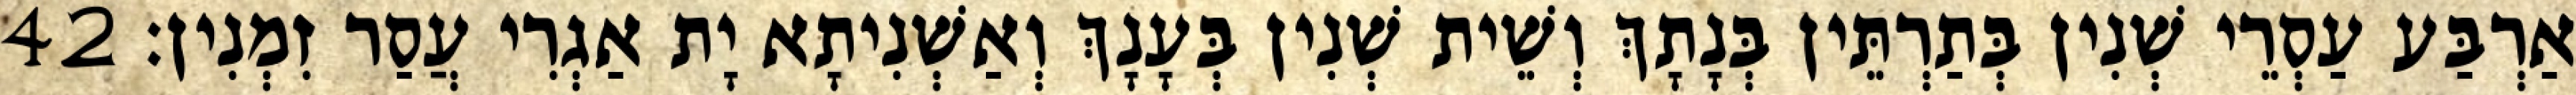
אַרְבַּע עַסְרֵי שְׁנִין בְּתַרְתֵּין בְּנָתָךְ וְשֵׁית שְׁנִין בְּעָנָךְ וְאַשְׁנִיתָא יָת אַגְרִי עֲסַר זִמְנִין׃ 42